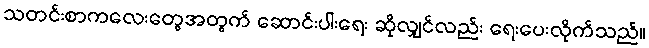
သတင်းစာကလေးတွေအတွက် ဆောင်းပါးရေး ဆိုလျှင်လည်း ရေးပေးလိုက်သည်။